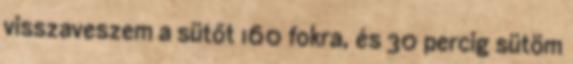
visszaveszem a sütőt 160 fokra, és 30 percig sütöm